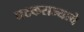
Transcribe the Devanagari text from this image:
घटकराज्याचे